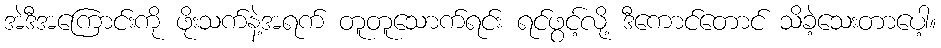
အဲဒီအကြောင်းကို ဖိုးသက်နဲ့အရက် တူတူသောက်ရင်း ရင်ဖွင့်လို့ ဒီကောင်တောင် သိခဲ့သေးတာပေါ့။